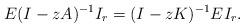
LaTeX: \begin{align*} &E(I-zA)^{-1}I_r=(I-zK)^{-1}E I_r.\end{align*}